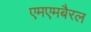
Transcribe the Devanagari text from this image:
एमएमबैरल